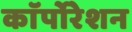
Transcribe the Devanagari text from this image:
काॅर्पोरेशन